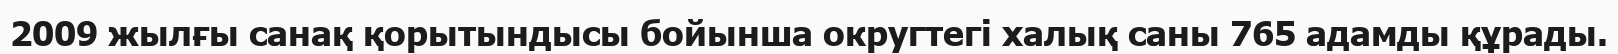
2009 жылғы санақ қорытындысы бойынша округтегі халық саны 765 адамды құрады.